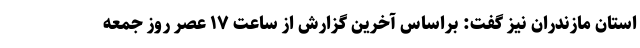
استان مازندران نیز گفت: براساس آخرین گزارش از ساعت ۱۷ عصر روز جمعه